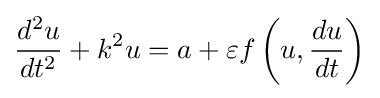
{\frac {d^{2}u}{dt^{2}}}+k^{2}u=a+\varepsilon f\left(u,{\frac {du}{dt}}\right)